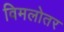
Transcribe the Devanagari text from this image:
विमलोतर